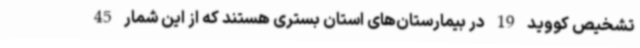
تشخیص کووید 19 در بیمارستان‌های استان بستری هستند که از این شمار 45